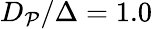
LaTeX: D_{\mathcal{P}}/\Delta=1.0